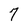
Character: 7